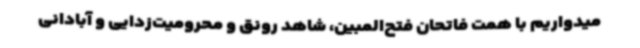
میدواریم با همت فاتحان فتح‌المبین، شاهد رونق و محرومیت‌زدایی و آبادانی